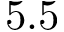
5 . 5